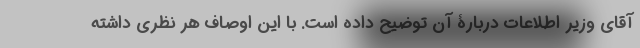
آقای وزیر اطلاعات دربارۀ آن توضیح داده است. با این اوصاف هر نظری داشته